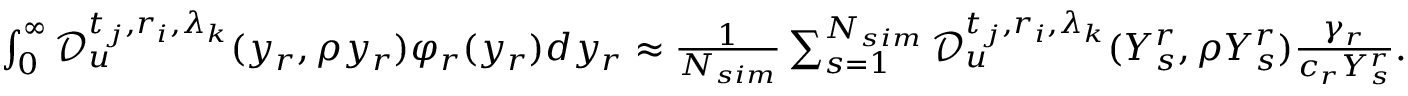
\begin{array} { r } { \int _ { 0 } ^ { \infty } \mathcal { D } _ { u } ^ { t _ { j } , r _ { i } , \lambda _ { k } } ( y _ { r } , \rho y _ { r } ) \varphi _ { r } ( y _ { r } ) d y _ { r } \approx \frac { 1 } { N _ { s i m } } \sum _ { s = 1 } ^ { N _ { s i m } } \mathcal { D } _ { u } ^ { t _ { j } , r _ { i } , \lambda _ { k } } ( Y _ { s } ^ { r } , \rho Y _ { s } ^ { r } ) \frac { \gamma _ { r } } { c _ { r } Y _ { s } ^ { r } } . } \end{array}